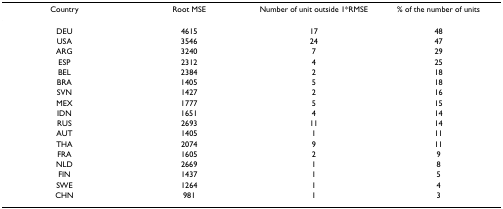
<table><thead><tr><td><b>Country</b></td><td><b>Root MSE</b></td><td><b>Number of unit outside 1*RMSE</b></td><td><b>% of the number of units</b></td></tr></thead><tbody><tr><td>DEU</td><td>4615</td><td>17</td><td>48</td></tr><tr><td>USA</td><td>3546</td><td>24</td><td>47</td></tr><tr><td>ARG</td><td>3240</td><td>7</td><td>29</td></tr><tr><td>ESP</td><td>2312</td><td>4</td><td>25</td></tr><tr><td>BEL</td><td>2384</td><td>2</td><td>18</td></tr><tr><td>BRA</td><td>1405</td><td>5</td><td>18</td></tr><tr><td>SVN</td><td>1427</td><td>2</td><td>16</td></tr><tr><td>MEX</td><td>1777</td><td>5</td><td>15</td></tr><tr><td>IDN</td><td>1651</td><td>4</td><td>14</td></tr><tr><td>RUS</td><td>2693</td><td>11</td><td>14</td></tr><tr><td>AUT</td><td>1405</td><td>1</td><td>11</td></tr><tr><td>THA</td><td>2074</td><td>9</td><td>11</td></tr><tr><td>FRA</td><td>1605</td><td>2</td><td>9</td></tr><tr><td>NLD</td><td>2669</td><td>1</td><td>8</td></tr><tr><td>FIN</td><td>1437</td><td>1</td><td>5</td></tr><tr><td>SWE</td><td>1264</td><td>1</td><td>4</td></tr><tr><td>CHN</td><td>981</td><td>1</td><td>3</td></tr></tbody></table>